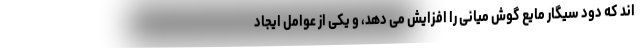
اند که دود سیگار مایع گوش میانی را افزایش می دهد، و یکی از عوامل ایجاد